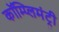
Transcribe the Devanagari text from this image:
कॉम्प्लिमंट्री